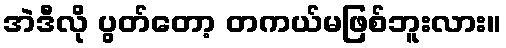
အဲဒီလို ပွတ်တော့ တကယ်မဖြစ်ဘူးလား။